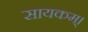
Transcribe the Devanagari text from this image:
सायकम्।